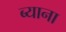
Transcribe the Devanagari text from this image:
ब्याना